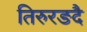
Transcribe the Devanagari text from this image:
तिरुरङदै